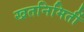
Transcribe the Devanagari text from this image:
खतनिमिर्ती